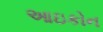
આઇકોન